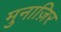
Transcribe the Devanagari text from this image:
मुनाज़िर